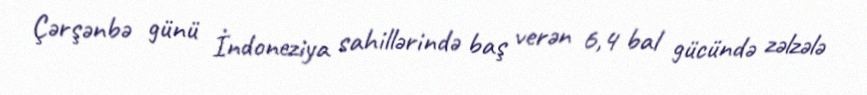
Çərşənbə günü İndoneziya sahillərində baş verən 6,4 bal gücündə zəlzələ